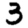
Digit: 3